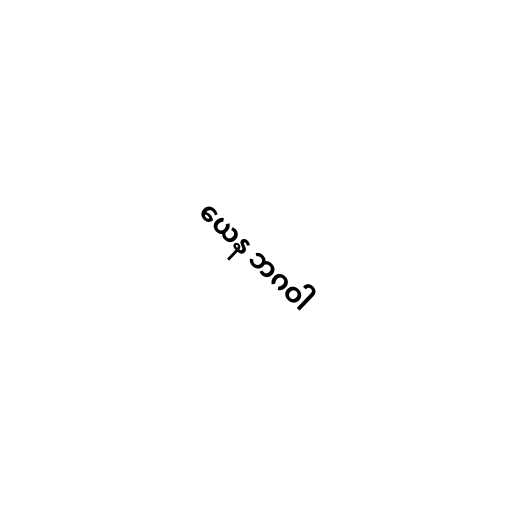
ယေန ဘဂဝါ